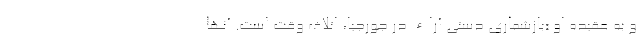
و به عقیده او «بازشماری دستی آراء در جورجیا، اتلاف وقت است. آنها